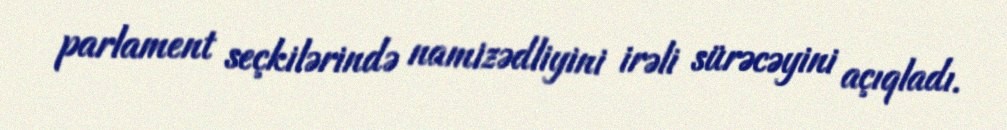
parlament seçkilərində namizədliyini irəli sürəcəyini açıqladı.